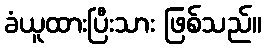
ခံယူထားပြီးသား ဖြစ်သည်။